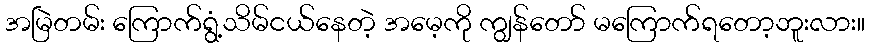
အမြဲတမ်း ကြောက်ရွံ့သိမ်ငယ်နေတဲ့ အမေ့ကို ကျွန်တော် မကြောက်ရတော့ဘူးလား။